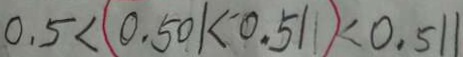
0 . 5 < ( 0 . 5 0 1 < 0 . 5 1 ) < 0 . 5 1 1